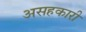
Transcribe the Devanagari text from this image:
असहकारी